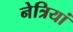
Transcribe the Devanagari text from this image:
नेत्रियां